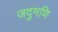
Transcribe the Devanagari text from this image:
जदुमणि